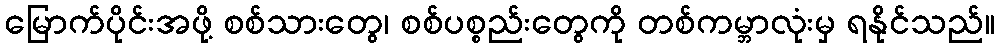
မြောက်ပိုင်းအဖို့ စစ်သားတွေ၊ စစ်ပစ္စည်းတွေကို တစ်ကမ္ဘာလုံးမှ ရနိုင်သည်။